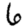
Digit: 6